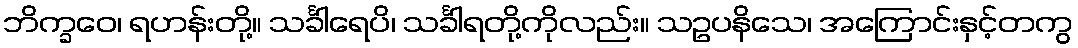
ဘိက္ခဝေ၊ ရဟန်းတို့။ သင်္ခါရေပိ၊ သင်္ခါရတို့ကိုလည်း။ သဥပနိသေ၊ အကြောင်းနှင့်တကွ